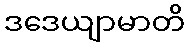
ဒဒေယျာမာတိ